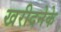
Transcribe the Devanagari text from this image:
खरीदनेके